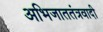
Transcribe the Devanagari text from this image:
अभिजाततंत्रवादी